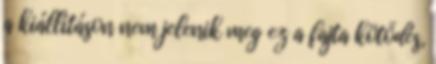
a kiállításon nem jelenik meg ez a fajta kötődés,